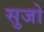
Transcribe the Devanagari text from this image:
सुजो